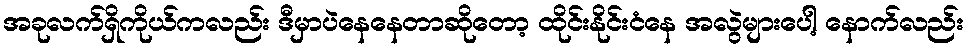
အခုလက်ရှိကိုယ်ကလည်း ဒီမှာပဲနေနေတာဆိုတော့ ထိုင်းနိုင်းငံနေ အလွဲများပေါ့ နောက်လည်း